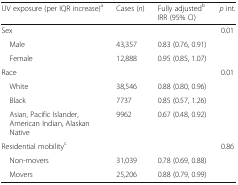
<table><thead><tr><td><b>UV exposure (per IQR increase)<sup>a</sup></b></td><td><b>Cases (<i>n</i>)</b></td><td><b>Fully adjusted<sup>b</sup>IRR (95% CI)</b></td><td><b><i>p</i> int.</b></td></tr></thead><tbody><tr><td>Sex</td><td></td><td></td><td rowspan="3">0.01</td></tr><tr><td> Male</td><td>43,357</td><td>0.83 (0.76, 0.91)</td></tr><tr><td> Female</td><td>12,888</td><td>0.95 (0.85, 1.07)</td></tr><tr><td>Race</td><td></td><td></td><td rowspan="4">0.01</td></tr><tr><td> White</td><td>38,546</td><td>0.88 (0.80, 0.96)</td></tr><tr><td> Black</td><td>7737</td><td>0.85 (0.57, 1.26)</td></tr><tr><td> Asian, Pacific Islander, American Indian, Alaskan Native</td><td>9962</td><td>0.67 (0.48, 0.92)</td></tr><tr><td>Residential mobility<sup>c</sup></td><td></td><td></td><td rowspan="3">0.86</td></tr><tr><td> Non-movers</td><td>31,039</td><td>0.78 (0.69, 0.88)</td></tr><tr><td> Movers</td><td>25,206</td><td>0.88 (0.79, 0.99)</td></tr></tbody></table>